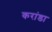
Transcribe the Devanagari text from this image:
करांडा